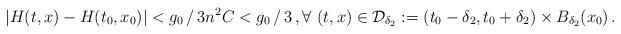
LaTeX: \begin{align*}|H(t,x)-H(t_0,x_0)|< g_0\,/\,3n^2 C<g_0\,/\,3\,, \forall\ (t,x)\in \mathcal{D}_{\delta_2}:=(t_0-\delta_2, t_0+\delta_2)\times B_{\delta_2}(x_0)\,.\end{align*}